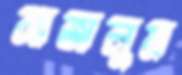
সাজালুম